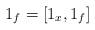
LaTeX: \begin{gather*} 1_f=[1_x, 1_f]\end{gather*}